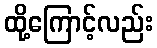
ထို့ကြောင့်လည်း